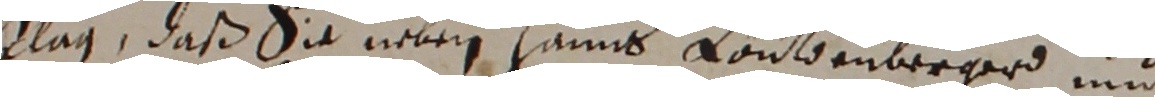
klag, daß sie neben Hanns Kontdenberger und